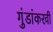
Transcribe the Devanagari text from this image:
गुंडांकरवी